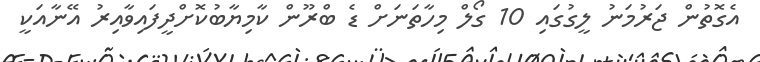
އެގޮތުން ޖަރުމަނު ލީގުގައި 10 ގޯލް މިހާތަނަށް ޑެ ބްރޫން ކާމިޔާބުކޮށްދީފައިވާއިރު އޭނާއަކީ